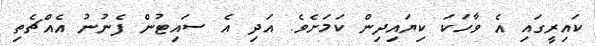
ކައިރީގައި އެ ވާހަކަ ކިޔައިދިން ކަމަށެވެ. އަދި އެ ސައިޓުން ފެނުނު އެއްޗެތި